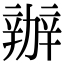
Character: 辦